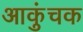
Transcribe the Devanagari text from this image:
आकुंचक